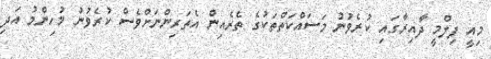
މިއީ ފިލްމީ ދާއިރާގައި ކުރެވުނު މަސައްކަތްތަކުގެ ތެރެއިން އެތަރިންނަށްވެސް ކުރެވުނު މުހިންމު އަދި